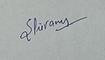
Signature authenticity: genuine